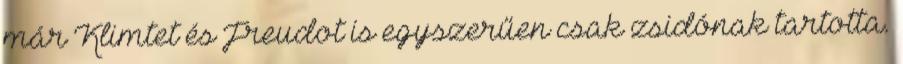
már Klimtet és Freudot is egyszerűen csak zsidónak tartotta.